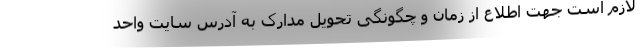
لازم است جهت اطلاع از زمان و چگونگی تحویل مدارک به آدرس سایت واحد